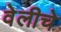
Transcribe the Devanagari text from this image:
वेलीचे